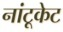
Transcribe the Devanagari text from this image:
नांटूकेट